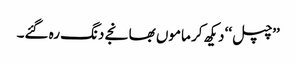
’’چپل‘‘ دیکھ کر ماموں بھانجے دنگ رہ گئے۔